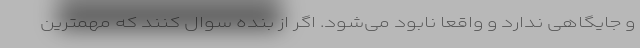
و جایگاهی ندارد و واقعا نابود می‌شود. اگر از بنده سوال کنند که مهمترین